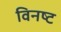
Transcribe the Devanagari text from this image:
विनष्‍ट